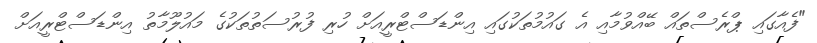
"ފެއާގައި ޕްރެސްތައް ބޭއްވުމާއި އެ ގައުމުތަކުގައި އިންޑަސްޓްރީއަށް ހުރި ފުރުސަތުތަކުގެ މައުލޫމާތު އިންޑަސްޓްރީއަށް